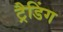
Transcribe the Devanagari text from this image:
ट्रैडिंग